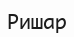
Ришар